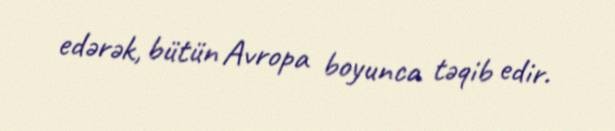
edərək, bütün Avropa boyunca təqib edir.